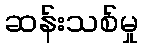
ဆန်းသစ်မှု